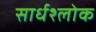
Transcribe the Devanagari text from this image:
सार्धश्लोक